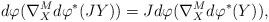
LaTeX: \begin{align*}d\varphi (\nabla ^M_Xd\varphi ^*(JY))=Jd\varphi (\nabla ^M_Xd\varphi ^*(Y)),\end{align*}